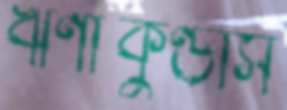
ঋণীকুণ্ডাস